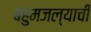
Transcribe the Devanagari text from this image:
बहुमजल्याची